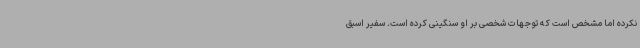
نکرده اما مشخص است که توجهات شخصی بر او سنگینی کرده است. سفیر اسبق